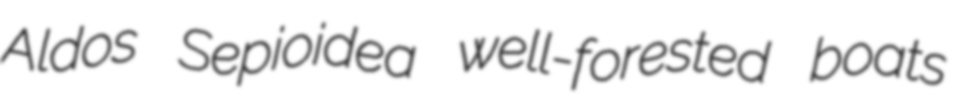
Aldos Sepioidea well-forested boats